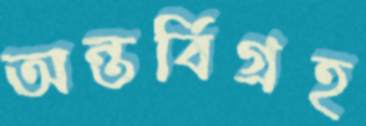
অন্তর্বিগ্রহ